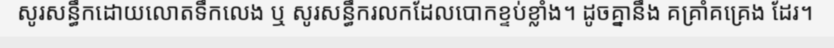
សូរសន្ធឹកដោយលោតទឹកលេង ឬ សូរសន្ធឹករលកដែលបោកខ្ទប់ខ្លាំង។ ដូចគ្នានឹង គគ្រាំគគ្រេង ដែរ។